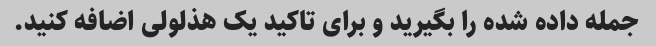
جمله داده شده را بگیرید و برای تاکید یک هذلولی اضافه کنید.